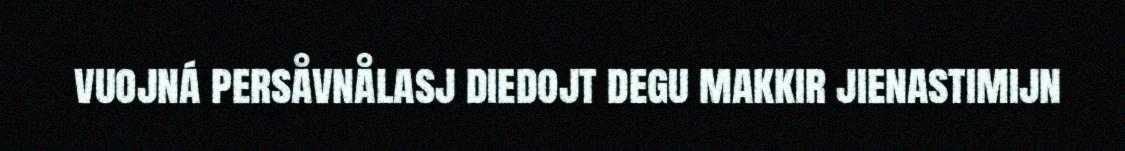
vuojná persåvnålasj diedojt degu makkir jienastimijn